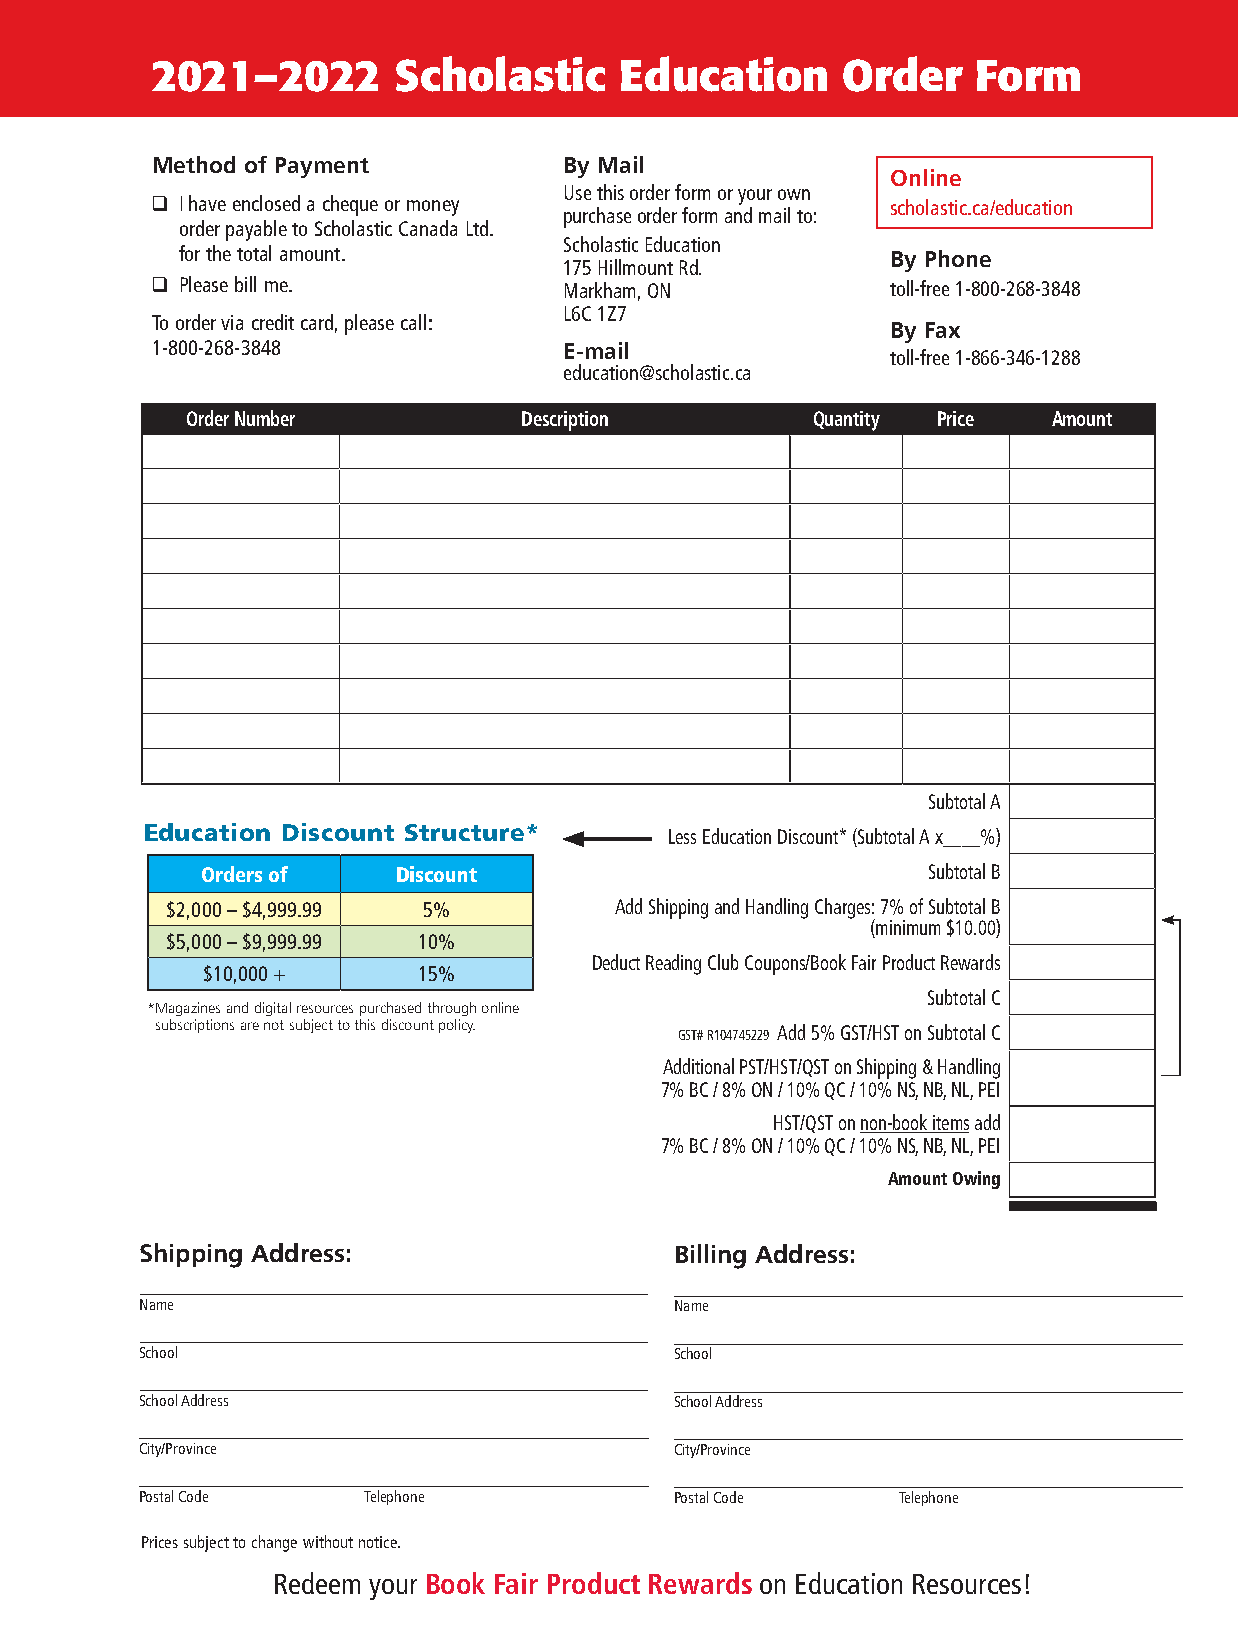
2021–2022       Scholastic     Education      Order    Form
 Method of Payment          By Mail
 Online
 Use this order form or your own
 ❑ I have enclosed a cheque or money              scholastic .ca/education
 purchase order form and mail to:
 order payable to Scholastic Canada Ltd .
 Scholastic Education
 for the total amount .                         By Phone
 175 Hillmount Rd .
 ❑ Please bill me .         Markham, ON           toll-free 1-800-268-3848
 L6C 1Z7
 To order via credit card, please call:
 By Fax
 1-800-268-3848             E-mail
 toll-free 1-866-346-1288
 education@scholastic .ca
 Order Number          Description         Quantity Price  Amount
 Subtotal A
 Education Discount Structure*      Less Education Discount* (Subtotal A x____%)
 Orders of    Discount                           Subtotal B
 $2,000 – $4,999 .99 5%        Add Shipping and Handling Charges: 7% of Subtotal B
 (minimum $10 .00)
 $5,000 – $9,999 .99 10%
 Deduct Reading Club Coupons/Book Fair Product Rewards
 $10,000 +      15%
 Subtotal C
 * Magazines and digital resources purchased through online
 subscriptions are not subject to this discount policy. GST# R104745229 Add 5% GST/HST on Subtotal C
 Additional PST/HST/QST on Shipping & Handling
 7% BC / 8% ON / 10% QC / 10% NS, NB, NL, PEI
 HST/QST on non-book items add
 7% BC / 8% ON / 10% QC / 10% NS, NB, NL, PEI
 Amount Owing
 Shipping Address:                   Billing Address:
 Name                                Name
 School                              School
 School Address                      School Address
 City/Province                       City/Province
 Postal Code    Telephone            Postal Code   Telephone
 Prices subject to change without notice .
 Redeem your Book Fair Product Rewards on Education Resources!